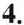
4.